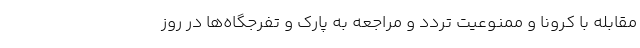
مقابله با کرونا و ممنوعیت تردد و مراجعه به پارک و تفرجگاه‌ها در روز